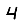
Digit: 4